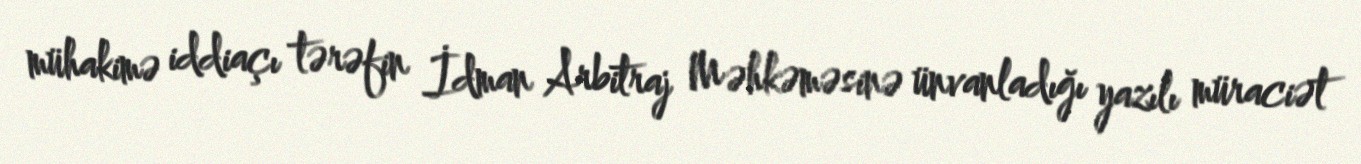
mühakimə iddiaçı tərəfin İdman Arbitraj Məhkəməsinə ünvanladığı yazılı müraciət